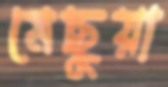
মেছুয়া